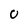
Character: 0